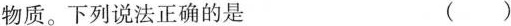
物质。下列说法正确的是 ( )